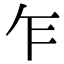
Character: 乍